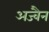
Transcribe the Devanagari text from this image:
अज्वैन